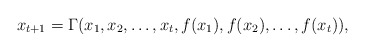
\begin{align*}x_{t+1}=\Gamma(x_1,x_2,\ldots,x_{t},f(x_1),f(x_2),\ldots,f(x_{t})),\end{align*}